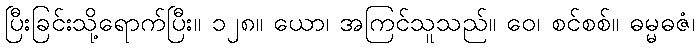
ပြီးခြင်းသို့ရောက်ပြီး။ ၁၂၈။ ယော၊ အကြင်သူသည်။ ဝေ၊ စင်စစ်။ ဓမ္မဓဇံ၊